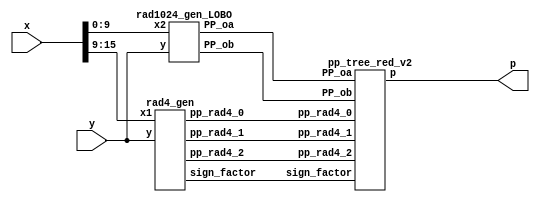
`timescale 1ns / 1ps
//////////////////////////////////////////////////////////////////////////////////
// Company: UL FRI  
// 
// Design Name: 
// Module Name: LOBO_mult
// Project Name: LOgarithmic BOoth encoder 
// Target Devices: 
// Tool Versions: 
// Description: 
// 
// Dependencies: 
// 
// Revision:
// Revision 0.01 - File Created
// Additional Comments:
// 
//////////////////////////////////////////////////////////////////////////////////


module LOBOq2_10bit_1C_v2(
    input [15:0] x,
    input [15:0] y,
    output [31:0] p
    );

// Radix 4 pp
// Generate pp

// Radix 4 pp

wire [16:0] pp_rad4_0;
wire [16:0] pp_rad4_1;
wire [16:0] pp_rad4_2;
wire [2:0] sign_factor;

rad4_gen rad4_gen1( 
	.x1(x[15:9]), .y(y),
	.pp_rad4_0(pp_rad4_0),
	.pp_rad4_1(pp_rad4_1),
	.pp_rad4_2(pp_rad4_2),
	.sign_factor(sign_factor));
	
// Radix 1024 pp 

wire [12:0] PP_oa;
wire [24:0] PP_ob;

rad1024_gen_LOBO rad1024_gen_v1( 
  .x2(x[9:0]),.y(y),
  .PP_oa(PP_oa),
  .PP_ob(PP_ob));
 
// Tree
pp_tree_red_v2 wallace_tree_quant(
	.pp_rad4_0(pp_rad4_0),
	.pp_rad4_1(pp_rad4_1),
	.pp_rad4_2(pp_rad4_2),
	.PP_oa(PP_oa),
        .PP_ob(PP_ob),
        .sign_factor(sign_factor),
	.p(p));

endmodule 

// Radix 4 gen


module code(one,two,sign,y2,y1,y0);  
	input y2,y1,y0;                     
	output one,two,sign;                
	wire [1:0]k;                        
	xor x1(one,y0,y1);                  
	xor x2(k[1],y2,y1);                 
	not n1(k[0],one);                   
	and a1(two,k[0],k[1]);              
	assign sign=y2;                     
endmodule        

// like on the picture

module rad4_gen( x1,y,pp_rad4_0,pp_rad4_1,pp_rad4_2,sign_factor);
    // inputs
    // y multiplicand
    // x multipland 
    // P1,P2,P3 partial products
    input [15:0] y;
    input [6:0] x1;
    // output
    output [16:0] pp_rad4_0;
    output [16:0] pp_rad4_1;
    output [16:0] pp_rad4_2;
    output [2:0] sign_factor;
   
    wire [2:0] one,two,sign;
    
    code code0(one[0],two[0],sign[0],x1[2],x1[1], x1[0]);
    code code1(one[1],two[1],sign[1],x1[4],x1[3], x1[2]);
    code code2(one[2],two[2],sign[2],x1[6],x1[5], x1[4]);

    
    wire [16:0] tmp1_pp; 
    assign tmp1_pp = {y[15],y}; // This variable is introduced because pp has 17 bits
    
    // first pp generation 
    wire [17:0] out1;
    assign out1[0] = sign[0];
    
    genvar i;
    generate
        for ( i = 0; i < 17; i = i+1 )
            begin : pp_rad4_first 
            product pp_pr(tmp1_pp[i],out1[i],one[0],two[0],sign[0],pp_rad4_0[i],out1[i+1]);
            end
    endgenerate
    
    // second pp generation 
    wire[17:0] out2;
    assign out2[0] = sign[1];
    
    
    genvar i2;
    generate
        for ( i2 = 0; i2 < 17; i2 = i2+1 )
            begin : pp_second 
            product pp_pr(tmp1_pp[i2],out2[i2],one[1],two[1],sign[1],pp_rad4_1[i2],out2[i2+1]);
            end
    endgenerate
    
    // third pp generation 
    wire [17:0] out3;
    assign out3[0] = sign[2];
    
    genvar i3;
    generate
        for ( i3 = 0; i3 < 17; i3 = i3+1 )
            begin : pp_third 
            product pp_pr(tmp1_pp[i3],out3[i3],one[2],two[2],sign[2],pp_rad4_2[i3],out3[i3+1]);
            end
    endgenerate
    
    
    genvar i_sign;
    generate
        for ( i_sign = 0; i_sign < 3; i_sign = i_sign+1 )
            begin : sgn_fac
            sgn_gen sgn_genXX(one[i_sign],two[i_sign],sign[i_sign],sign_factor[i_sign]);
            end
    endgenerate

endmodule


//generation of inner products

module product(x1,x0,one,two,sign,p,i);
	input x1,x0,sign,one,two;
	output p,i;
	wire [1:0] k;
	xor xo1(i,x1,sign);
	and a1(k[1],i,one);
	and a0(k[0],x0,two);
	or o1(p,k[1],k[0]);
endmodule

// like on the picture

//sign_factor generate




//sign_factor generate

module sgn_gen(one,two,sign,sign_factor);
	input sign,one,two;
	output sign_factor;
	wire k;
	or o1(k,one,two);
	and a1(sign_factor,sign,k);
endmodule

// Rad1024 gen


module rad1024_gen_LOBO(x2,y,PP_oa,PP_ob);
// inputs
// y multiplicand
// x multipland 
// P0a -> x,P0b -> partial products
input [15:0] y;
input [9:0] x2;

// output
output [12:0] PP_oa;
output [24:0] PP_ob;

// LOD detection X
// First calculate abs(x2)
// then apply LOD

wire [9:0] abs_x2;
wire [4:0] k_x2;
wire [2:0] k_x_enc;
wire zero_x2;


sec_complement_w10 x0_abs_gen
		(
            .data_in(x2), 
            .sign(x2[9]),
            .data_out(abs_x2) 
        );
		  
LOD10_quant lod_x_2(abs_x2,zero_x2,k_x2);

PriorityEncoder_5 enc_kx(
            .data_i(k_x2),
            .code_o(k_x_enc));
    


// LOD detection Y
wire [3:0] k_y;
wire [1:0] k_y_enc;
wire [15:0] y_abs;
wire zero_y;
		  
sec_complement_w16 y_abs_gen 
		(
            .data_in(y), 
            .sign(y[15]),
            .data_out(y_abs) 
        );	

LOD16_quant lod_y(y_abs[15:12],zero_y,k_y);

PriorityEncoder_4 enc_ky(
            .data_i(k_y),
            .code_o(k_y_enc));

				
// Reset bit on k_x position of X and invert it i
wire [9:0] x20; // value after bit reset


assign x20[9:6] =  abs_x2[9:6] & (~(k_x2[4:1]));
assign x20[5:1] =  abs_x2[5:1];
assign x20[0] =  abs_x2[0] & (~(k_x2[0]));

// generation of P0a and P0b
wire prod_sign;
wire [9:0] tmp_out0;
wire [15:0] tmp_out1;

wire [9:0] x20_signed;
wire [15:0] y_signed;

assign prod_sign = x2[9] ^ y[15];


sec_complement_w10 x20_sign_gen 
		(
            .data_in(x20), 
            .sign(prod_sign),
            .data_out(tmp_out0) 
        );

		  
sec_complement_w16 y_sign_gen 
		(
            .data_in(y_abs), 
            .sign(prod_sign),
            .data_out(tmp_out1) 
        );



assign y_signed = (!zero_x2 ) ? tmp_out1 : 16'b0;			
assign x20_signed = (!zero_y) ? tmp_out0 : 10'b0;

Barrel27L_10_quant gen_P0b(
	     .shift_i(k_x_enc),
             .data_i(y_signed),
             .data_o(PP_ob));
						  
Barrel13L_16 gen_P0a(
            .data_i(x20_signed),
            .shift_i(k_y_enc),
            .data_o(PP_oa));
				
//assign tmp_out0 = tmp_neg0 ^ {27{prod_sign}};
//assign tmp_out1 = tmp_neg1 ^ {27{prod_sign}};



endmodule 

module LOD16_quant(
    input [3:0] data_i,
    output zero_o,
    output [3:0] data_o
    );
	 
	
	 wire zdet;
	 
	 //*****************************************
	 // Zero detection logic:
	 //*****************************************
	 assign zdet = data_i[3] | data_i[2] | data_i[1] | data_i[0];
	 assign zero_o = ~zdet;
		 
		 
	 //*****************************************
	 // LODs:
	 //*****************************************
	 LOD4 lod4_1 (
		.data_i(data_i), 
		.data_o(data_o)
	 );

    
endmodule



	
module LOD10_quant(
    input [9:0] data_i,
    output zero_o,
    output [4:0] data_o
    );
    
     wire zdet;
     wire [4:0] tmp_in;	 
	  //*****************************************
    // Quantization 
    //*****************************************
    assign tmp_in[3:1] = data_i[8:6];
    assign tmp_in[0] = |data_i[5:0];
    //*****************************************
    // Zero detection logic:
    //*****************************************
    assign zdet = data_i[9] | tmp_in[3] | tmp_in[2] | tmp_in[1] | tmp_in[0];
    assign zero_o = ~( zdet);
        
        
    //*****************************************
    // LODs:
    //*****************************************
    LOD4 lod4_1 (
        .data_i(tmp_in[3:0]), 
        .data_o(data_o[3:0])
    );

  assign	data_o[4] = data_i[9];


endmodule


module LOD3(
    input [2:0] data_i,
    output [2:0] data_o
    );
	 
	 
	 wire mux0;
	 wire mux1;
	
	 
	 // multiplexers:
	 assign mux1 = (data_i[2]==1) ? 1'b0 : 1'b1;
	 assign mux0 = (data_i[1]==1) ? 1'b0 : mux1;
	 
	 //gates and IO assignments:
	 assign data_o[2] = data_i[2];
	 assign data_o[1] =(mux1 & data_i[1]);
	 assign data_o[0] =(mux0 & data_i[0]);
endmodule

module LOD4(
    input [3:0] data_i,
    output [3:0] data_o
    );
	 
	 
	 wire mux0;
	 wire mux1;
	 wire mux2;
	 
	 // multiplexers:
	 assign mux2 = (data_i[3]==1) ? 1'b0 : 1'b1;
	 assign mux1 = (data_i[2]==1) ? 1'b0 : mux2;
	 assign mux0 = (data_i[1]==1) ? 1'b0 : mux1;
	 
	 //gates and IO assignments:
	 assign data_o[3] = data_i[3];
	 assign data_o[2] =(mux2 & data_i[2]);
	 assign data_o[1] =(mux1 & data_i[1]);
	 assign data_o[0] =(mux0 & data_i[0]);
	 

endmodule

module LOD2(
    input [1:0] data_i,
    output [1:0] data_o
    );
	 assign data_o[1] =(data_i[1]);
	 assign data_o[0] =(~data_i[1] & data_i[0]);
endmodule


module Muxes2in1Array2(
    input [1:0] data_i,
    input select_i,
    output [1:0] data_o
    );
	assign data_o[1] = select_i ? data_i[1] : 1'b0;
	assign data_o[0] = select_i ? data_i[0] : 1'b0;
endmodule

module Muxes2in1Array4(
    input [3:0] data_i,
    input select_i,
    output [3:0] data_o
    );


	assign data_o[3] = select_i ? data_i[3] : 1'b0;
	assign data_o[2] = select_i ? data_i[2] : 1'b0;
	assign data_o[1] = select_i ? data_i[1] : 1'b0;
	assign data_o[0] = select_i ? data_i[0] : 1'b0;
	
	
endmodule


module PriorityEncoder_4(
    input [3:0] data_i,
    output reg [1:0] code_o
    );

	always @*
		case (data_i)
	     4'b0001 : code_o = 2'b00;
         4'b0010 : code_o = 2'b01;
         4'b0100 : code_o = 2'b10;
		 default  : code_o = 2'b11;
		endcase		
endmodule

module PriorityEncoder_5(
    input [4:0] data_i,
    output reg [2:0] code_o
    );

	always @*
	case (data_i)
	 5'b00001 : code_o = 3'b000;
         5'b00010 : code_o = 3'b001;
         5'b00100 : code_o = 3'b010;
         5'b01000 : code_o = 3'b011;
	  default  : code_o = 3'b100;
		endcase		
endmodule

module Barrel13L_16(
    input [9:0] data_i,
    input [1:0] shift_i,
    output reg [12:0] data_o
    );
	wire [12:0] tmp;
    assign tmp = {{3{data_i[9]}},data_i};
   
   always @*
      case (shift_i)
         2'b00: data_o = tmp;
         2'b01: data_o = tmp << 1;
         2'b10: data_o = tmp << 2;
         default: data_o = tmp << 3;
      endcase
endmodule

module Barrel27L_10_quant(
    input [15:0] data_i,
    input [2:0] shift_i,
    output reg [24:0] data_o
    );
	wire [24:0] tmp;
   assign tmp = {{9{data_i[15]}},data_i};

   always @*
      case (shift_i)
         3'b000: data_o = tmp;
         3'b001: data_o = tmp << 6;
         3'b010: data_o = tmp << 7;
         3'b011: data_o = tmp << 8;
         default: data_o = tmp << 9;
      endcase
endmodule


// reduction stage

module pp_tree_red_v2(pp_rad4_0,pp_rad4_1,pp_rad4_2,PP_oa,PP_ob,sign_factor,p);
// inputs
// pp_rad4_x - Rad4
// PP_oa, PP_ob - Rad1024
input [16:0] pp_rad4_0;
input [16:0] pp_rad4_1;
input [16:0] pp_rad4_2;
input [12:0] PP_oa;
input [24:0] PP_ob;
input [2:0] sign_factor;
// output
// product p
output [31:0] p;

// generate negative MSBs
wire [4:0] E_MSB;
not n1(E_MSB[0],PP_ob[24]);
not n2(E_MSB[1],PP_oa[12]);
not n3(E_MSB[2],pp_rad4_0[16]);
not n4(E_MSB[3],pp_rad4_1[16]);
not n5(E_MSB[4],pp_rad4_2[16]);


// Reduction 

// First reduction

// first group
wire [15:0] sum00_FA;
wire [15:0] carry00_FA;


wire [15:0] tmp001_FA;
wire [15:0] tmp002_FA;
wire [15:0] tmp003_FA;

assign tmp001_FA = {E_MSB[0],PP_ob[24:10]};
assign tmp002_FA = {E_MSB[1],PP_oa, 2'b0};
assign tmp003_FA = {pp_rad4_0[15:0]};


genvar i001;
generate
	for (i001 = 0; i001 < 16; i001 = i001 + 1)
		begin : pp_fad00
		FAd pp_fad(tmp001_FA[i001],tmp002_FA[i001], tmp003_FA[i001], carry00_FA[i001],sum00_FA[i001]);
		end
endgenerate

wire sum00_HA;
wire carry00_HA;

assign sum00_HA = ~pp_rad4_0[16];
assign carry00_HA = pp_rad4_0[16];

// second group

wire sum01_FA;
wire carry01_FA;
wire [16:0] sum01_HA;
wire [16:0] carry01_HA;

wire [16:0] tmp011_HA;
wire [16:0] tmp012_HA;

assign tmp011_HA = {1'b1,E_MSB[3],pp_rad4_1[16:3],pp_rad4_1[0]};
assign tmp012_HA = {pp_rad4_2[16:1],sign_factor[1]};

genvar i010;
generate
	for (i010 = 0; i010 < 17; i010 = i010 + 1)
		begin : pp_had01
		HAd pp_had(tmp011_HA[i010],tmp012_HA[i010],carry01_HA[i010],sum01_HA[i010]);
		end
endgenerate

FAd pp_fad010(pp_rad4_1[2],pp_rad4_2[0],sign_factor[2],carry01_FA,sum01_FA);

// Second reduction 

wire [16:0] sum10_FA;
wire [16:0] carry10_FA;

wire[16:0] tmp100;
wire[16:0] tmp101;
wire[16:0] tmp102;

assign tmp100 = {1'b1,E_MSB[2],sum00_HA,sum00_FA[15:2]};
assign tmp101 = {sum01_HA[14],carry00_HA,carry00_FA[15:1]};
assign tmp102 = {carry01_HA[13],sum01_HA[13:1],sum01_FA,pp_rad4_1[1],sum01_HA[0]};

genvar i11;
generate
	for(i11 = 0; i11 < 17; i11 = i11 +1 )
		begin : pp_fad10
		FAd pp_fad(tmp100[i11],tmp101[i11],tmp102[i11],carry10_FA[i11],sum10_FA[i11]);
		end
endgenerate


wire [2:0] tmp100_HA;
wire [2:0] tmp101_HA;

wire [2:0] sum10_HA;
wire [2:0] carry10_HA;


assign tmp100_HA = {E_MSB[4],sum01_HA[16:15]};
assign tmp101_HA = {carry01_HA[16:14]};

genvar i12;
generate
	for (i12 = 0; i12 < 3; i12 = i12 + 1)
		begin : pp_had10000
		HAd pp_had(tmp100_HA[i12],tmp101_HA[i12],carry10_HA[i12],sum10_HA[i12]);
		end
endgenerate

// Third reduction

wire [13:0] sum20_FA;
wire [13:0] carry20_FA;
wire [4:0] sum20_HA;
wire [4:0] carry20_HA; 

wire[4:0] tmp200_HA;
wire[4:0] tmp201_HA;

assign tmp200_HA = {sum10_HA,sum10_FA[16],sum10_FA[2]};
assign tmp201_HA = {carry10_HA[1:0],carry10_FA[16:15],carry10_FA[1]};

genvar i20;
generate
	for(i20 = 0; i20 < 5; i20 = i20 +1 )
		begin : pp_had20 
		HAd pp_had(tmp200_HA[i20],tmp201_HA[i20],carry20_HA[i20],sum20_HA[i20]);
		end
endgenerate

wire[13:0] tmp200_FA;
wire[13:0] tmp201_FA;
wire[13:0] tmp202_FA;

assign tmp200_FA = {sum10_FA[15:3],sum10_FA[1]};
assign tmp201_FA = {carry10_FA[14:2],carry10_FA[0]};
assign tmp202_FA = {carry01_HA[12:1],carry01_FA,carry01_HA[0]};

genvar i21;
generate
	for(i21 = 0; i21 < 14; i21 = i21 +1 )
		begin : pp_fad20
		FAd pp_fad(tmp200_FA[i21],tmp201_FA[i21],tmp202_FA[i21],carry20_FA[i21],sum20_FA[i21]);
		end
endgenerate

// CLA adder 

wire [31:0] tmp_ADD1;
wire [31:0] tmp_ADD2;

assign tmp_ADD1 = {sum20_HA[4:1],sum20_FA[13:1],sum20_HA[0],sum20_FA[0],sum10_FA[0],sum00_FA[1:0],10'b0};
assign tmp_ADD2 = {carry20_HA[3:1],carry20_FA[13:1],carry20_HA[0],carry20_FA[0],1'b0,1'b0,carry00_FA[0],sign_factor[0],PP_ob[9:0]};


// Final product

assign p = tmp_ADD1 + tmp_ADD2;

endmodule 

//adders design
module HAd(a,b,c,s);
	input a,b;
	output c,s;
	xor x1(s,a,b);
	and a1(c,a,b);
endmodule

module FAd(a,b,c,cy,sm);
	input a,b,c;
	output cy,sm;
	wire x,y,z;
	xor x1(x,a,b);
	xor x2(sm,x,c);
	and a1(y,a,b);
	and a2(z,x,c);
	or o1(cy,y,z);
endmodule

module sec_complement_w10
  (
   input [9:0] data_in,
   input sign,
   output [9:0] data_out
   );
     

 
  // Create the HA Adders
  genvar  ii;
  generate
    for (ii=0; ii<10; ii=ii+1) 
      begin: pc
        // assign data_out[ii] = data_in[ii] ^ (sign & w_C[ii-1]);
	   assign data_out[ii] = data_in[ii] ^ (sign);

      end
  endgenerate
 
  // Create the Generate (G) Terms:  Gi=Ai*Bi
  // Create the Propagate Terms: Pi=Ai+Bi
  // Create the Carry Terms:



 
endmodule // carry_lookahead_adder

module sec_complement_w16
  (
   input [15:0] data_in,
   input sign,
   output [15:0] data_out
   );
     
 
  // Create the HA Adders
  genvar  ii;
  generate
    for (ii=0; ii<16; ii=ii+1) 
      begin: pc
        // assign data_out[ii] = data_in[ii] ^ (sign & w_C[ii-1]);
 	 assign data_out[ii] = data_in[ii] ^ (sign);

      end
  endgenerate
 
  // Create the Generate (G) Terms:  Gi=Ai*Bi
  // Create the Propagate Terms: Pi=Ai+Bi
  // Create the Carry Terms:

 
endmodule // carry_lookahead_adder